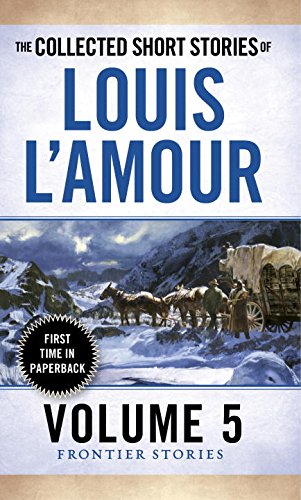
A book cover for The Collected Short Stories of Louis L'Amour, Volume 5: Frontier Stories; Louis L'Amour; Literature & Fiction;